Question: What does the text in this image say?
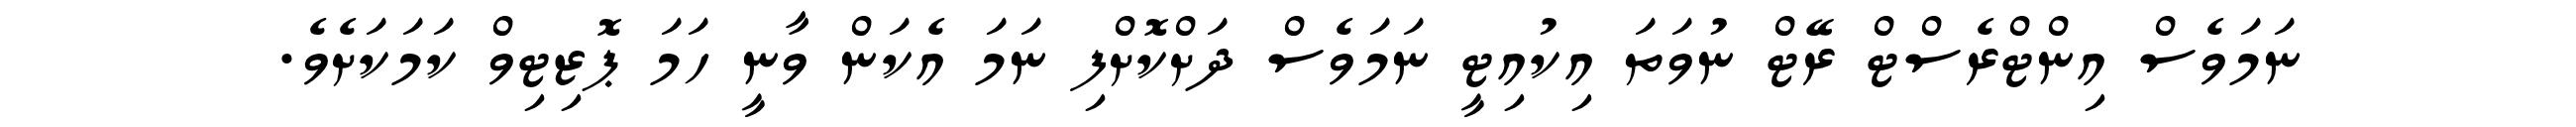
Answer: ނަމަވެސް އިންޓްރެސްޓް ރޭޓް ނުވަތަ އިކުއިޓީ ނަމަވެސް ދަށްކޮށްފި ނަމަ އެކަން ވާނީ ހަމަ ޕޮޒިޓިވް ކަމަކަށެވެ.